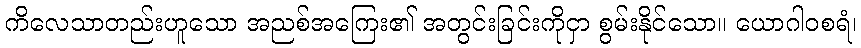
ကိလေသာတည်းဟူသော အညစ်အကြေး၏ အတွင်းခြင်းကိုငှာ စွမ်းနိုင်သော။ ယောဂါဝစရံ၊